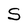
Character: S